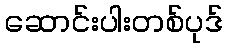
ဆောင်းပါးတစ်ပုဒ်